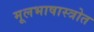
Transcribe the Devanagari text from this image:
मूलभाषास्त्रोत